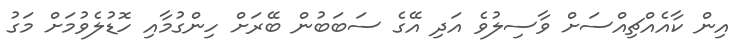
އިން ކާއެއްޗިއްސަށް ވާސިލުވެ އަދި އޭގެ ސަބަބުން ބޭރަށް ހިންގުމާއި ހޮޑުލެވުމަށް މަގު